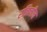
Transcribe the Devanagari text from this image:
रतिलीन